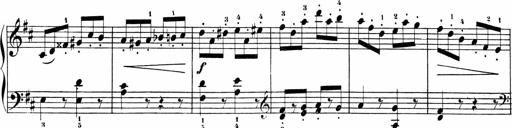
Title: Sonatinas
Composer: Andrew Violette